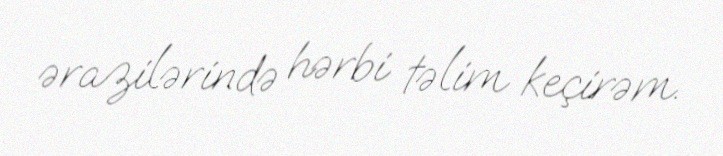
ərazilərində hərbi təlim keçirəm.